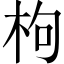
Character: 枸